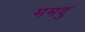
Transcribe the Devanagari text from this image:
ममदु